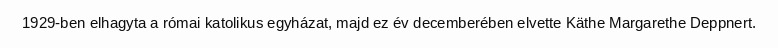
1929-ben elhagyta a római katolikus egyházat, majd ez év decemberében elvette Käthe Margarethe Deppnert.